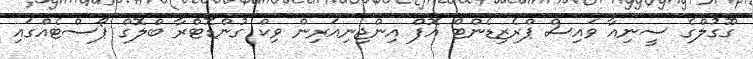
ގޫގުލްގެ ސީނިއާ ވައިސް ޕްރެޒިޑެންޓް އޮފް އިންޖިނިއަރިން ވިކް ގުންޑޮޓްރާ ބްލޮގް ޕޯސްޓެއްގައި